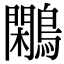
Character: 鷴